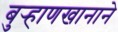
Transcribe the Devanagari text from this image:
बुर्‍हाणखानाने